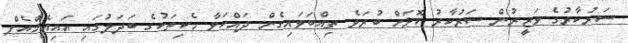
ސަރުކާރުގެ ވަޒީރުން ސަރުކާރު ކޮޅަށް ބުރަވެ ތިއްބަވައިގެން ދައްކަވާ ހެކިތަކުގެ ބަދަލުގައި އައިއެމްއެފް